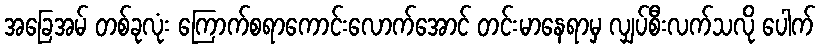
အခြေအမ် တစ်ခုလုံး ကြောက်စရာကောင်းလောက်အောင် တင်းမာနေရာမှ လျှပ်စီးလက်သလို ပေါက်